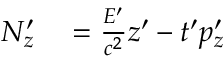
\begin{array} { r l } { N _ { z } ^ { \prime } } & { { } = { \frac { E ^ { \prime } } { c ^ { 2 } } } z ^ { \prime } - t ^ { \prime } p _ { z } ^ { \prime } } \end{array}